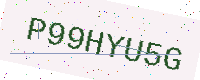
Text: P99HYU5G